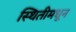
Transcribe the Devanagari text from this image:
स्थितीमधून